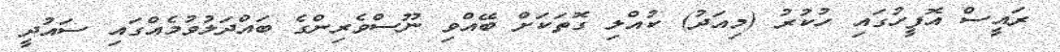
ރައީސް އޮފީހުގައި ހުކުރު (މިއަދު) ކުއްލި ގޮތަކަށް ބޭއްވި ނޫސްވެރިންގެ ބައްދަލުވުމެއްގައި ސައުދީ